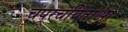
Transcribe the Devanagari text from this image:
चंपूरचयिताओं